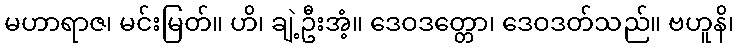
မဟာရာဇ၊ မင်းမြတ်။ ဟိ၊ ချဲ့ဦးအံ့။ ဒေဝဒတ္တော၊ ဒေဝဒတ်သည်။ ဗဟူနိ၊